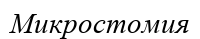
Микростомия